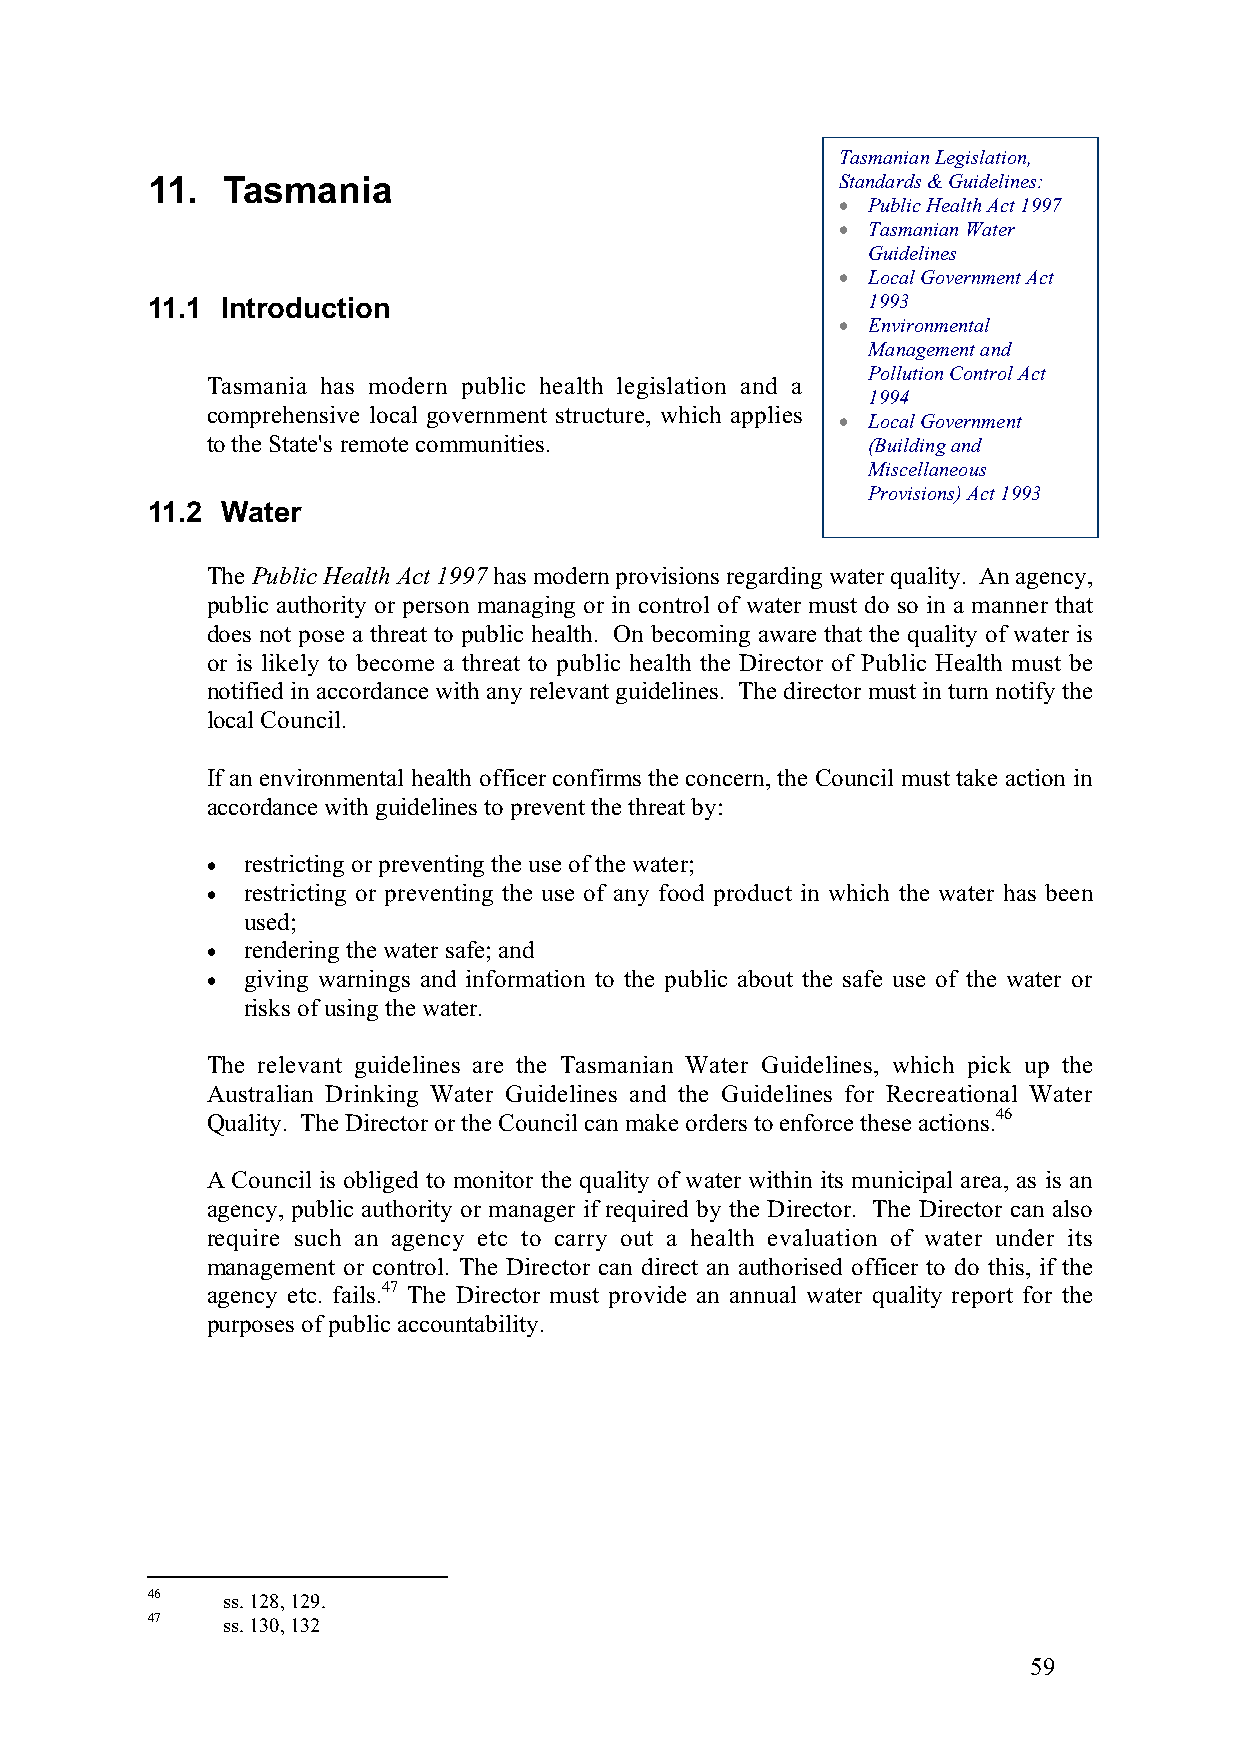
Tasmanian Legislation,
 11.  Tasmania                                 Standards & Guidelines:
 • Public Health Act 1997
 • Tasmanian Water
 Guidelines
 • Local Government Act
 11.1 Introduction                              1993
 • Environmental
 Management and
 Pollution Control Act
 Tasmania has modern public health legislation and a
 1994
 comprehensive local government structure, which applies • Local Government
 to the State's remote communities.         (Building and
 Miscellaneous
 Provisions) Act 1993
 11.2 Water
 The Public Health Act 1997 has modern provisions regarding water quality. An agency,
 public authority or person managing or in control of water must do so in a manner that
 does not pose a threat to public health. On becoming aware that the quality of water is
 or is likely to become a threat to public health the Director of Public Health must be
 notified in accordance with any relevant guidelines. The director must in turn notify the
 local Council.
 If an environmental health officer confirms the concern, the Council must take action in
 accordance with guidelines to prevent the threat by:
 • restricting or preventing the use of the water;
 • restricting or preventing the use of any food product in which the water has been
 used;
 • rendering the water safe; and
 • giving warnings and information to the public about the safe use of the water or
 risks of using the water.
 The relevant guidelines are the Tasmanian Water Guidelines, which pick up the
 Australian Drinking Water Guidelines and the Guidelines for Recreational Water
 Quality. The Director or the Council can make orders to enforce these actions.46
 A Council is obliged to monitor the quality of water within its municipal area, as is an
 agency, public authority or manager if required by the Director. The Director can also
 require such an agency etc to carry out a health evaluation of water under its
 management or control. The Director can direct an authorised officer to do this, if the
 agency etc. fails.47 The Director must provide an annual water quality report for the
 purposes of public accountability.
 46   ss. 128, 129.
 47   ss. 130, 132
 59